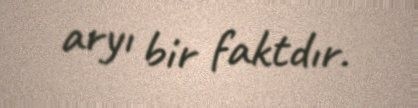
aryı bir faktdır.